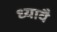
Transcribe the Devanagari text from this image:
ध्यावै